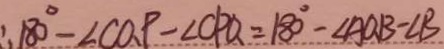
\therefore 1 8 0 ^ { \circ } - \angle C Q P - \angle C P Q = 1 8 0 ^ { \circ } - \angle A Q B - \angle B